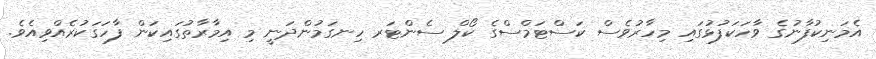
އެމަނިކުފާނުގެ ވާހަކަފުޅުގައި މިހާރުވެސް ކަސްޓަމްސްގެ ކޯލް ސެންޓަރ ހިނގަމުންދަނީ މި އިމާރާތުގައިކަން ފާހަގަކުރެއްވިއެވެ.